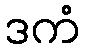
ဒကံ